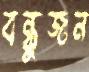
বন্ধুজন